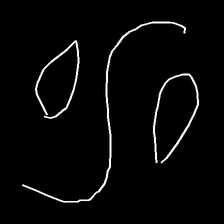
Glyph: water